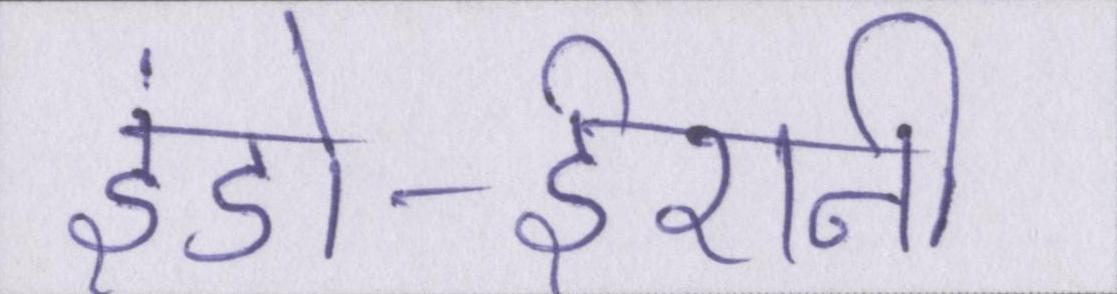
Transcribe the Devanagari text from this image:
इंडो-ईरानी